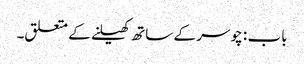
باب : چوسر کے ساتھ کھیلنے کے متعلق۔